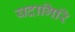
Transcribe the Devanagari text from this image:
यदागिरि